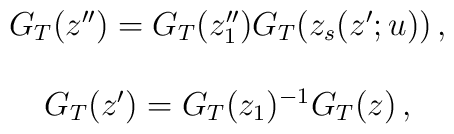
\begin{array}{c}G_{T}(z^{\prime\prime})=G_{T}(z^{\prime\prime}_{1})G_{T}(z_{s}(z^{\prime};u))\,,\\{}\\G_{T}(z^{\prime})=G_{T}(z_{1})^{-1}G_{T}(z)\,,\end{array}